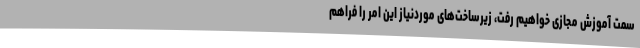
سمت آموزش مجازی خواهیم رفت، زیرساخت‌های موردنیاز این امر را فراهم